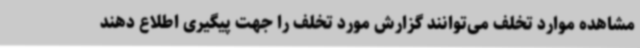
مشاهده موارد تخلف می‌توانند گزارش مورد تخلف را جهت پیگیری اطلاع دهند